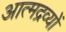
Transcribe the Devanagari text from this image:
आत्मद्रव्यों